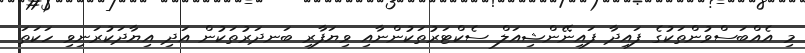
މި އެއްބަސްވުންތަކުގެ ފައިދާ ފައިނޭންޝިއަލް ސެކްޓަރުތަކުންނާއި ވިޔަފާރި ބަނދަރުތަކުން އަދި އިޔާދަކުރަނިވި ހަކަތަ